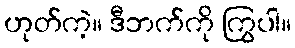
ဟုတ်ကဲ့။ ဒီဘက်ကို ကြွပါ။